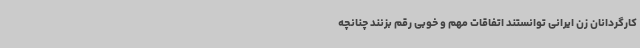
کارگردانان زن ایرانی توانستند اتفاقات مهم و خوبی رقم بزنند چنانچه